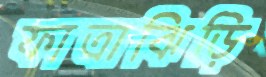
ফাত্রাঝিড়ি